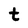
Character: t